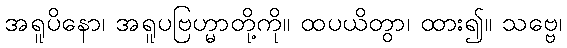
အရူပိနော၊ အရူပဗြဟ္မာတို့ကို။ ထပယိတွာ၊ ထား၍။ သဗ္ဗေ၊